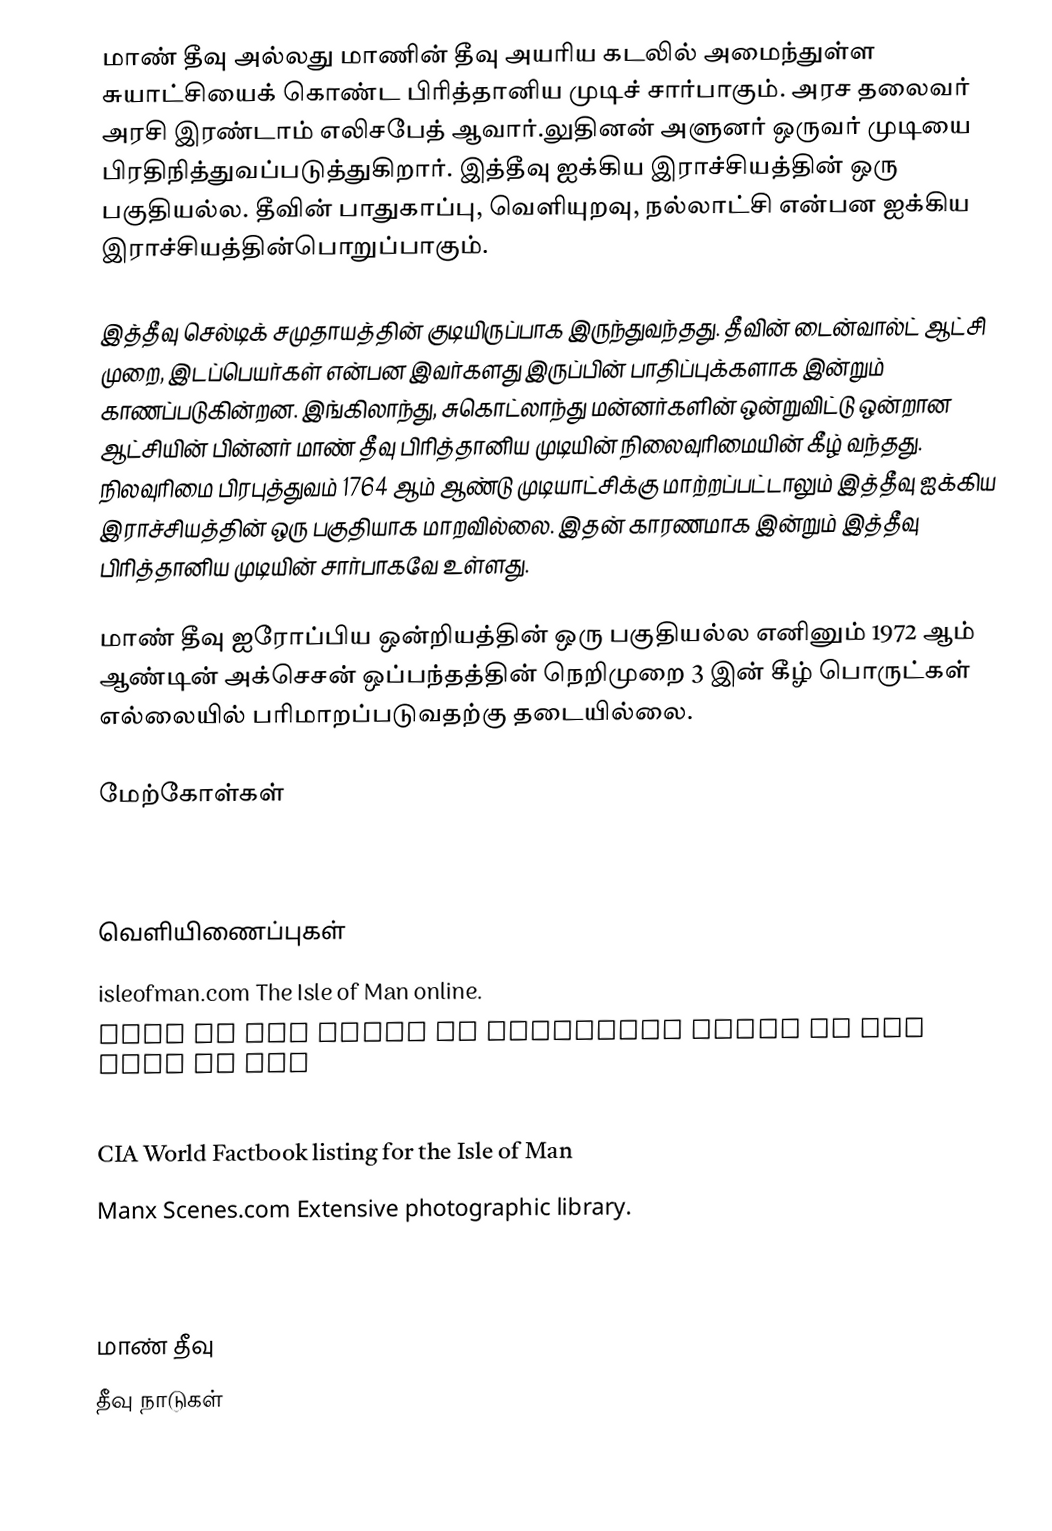
மாண் தீவு அல்லது மாணின் தீவு அயரிய கடலில் அமைந்துள்ள சுயாட்சியைக் கொண்ட  பிரித்தானிய முடிச் சார்பாகும். அரச தலைவர் அரசி இரண்டாம் எலிசபேத் ஆவார்.லுதினன் அளுனர் ஒருவர் முடியை பிரதிநித்துவப்படுத்துகிறார். இத்தீவு ஐக்கிய இராச்சியத்தின் ஒரு பகுதியல்ல. தீவின் பாதுகாப்பு, வெளியுறவு, நல்லாட்சி என்பன ஐக்கிய இராச்சியத்தின்பொறுப்பாகும்.

இத்தீவு செல்டிக் சமுதாயத்தின் குடியிருப்பாக இருந்துவந்தது. தீவின் டைன்வால்ட் ஆட்சி முறை, இடப்பெயர்கள் என்பன இவர்களது இருப்பின் பாதிப்புக்களாக இன்றும் காணப்படுகின்றன. இங்கிலாந்து, சுகொட்லாந்து மன்னர்களின் ஒன்றுவிட்டு ஒன்றான ஆட்சியின் பின்னர் மாண் தீவு பிரித்தானிய முடியின் நிலைவுரிமையின் கீழ் வந்தது. நிலவுரிமை பிரபுத்துவம் 1764 ஆம் ஆண்டு முடியாட்சிக்கு மாற்றப்பட்டாலும் இத்தீவு ஐக்கிய இராச்சியத்தின் ஒரு பகுதியாக மாறவில்லை. இதன் காரணமாக இன்றும் இத்தீவு பிரித்தானிய முடியின் சார்பாகவே உள்ளது.

மாண் தீவு ஐரோப்பிய ஒன்றியத்தின் ஒரு பகுதியல்ல எனினும் 1972 ஆம் ஆண்டின் அக்செசன் ஒப்பந்தத்தின் நெறிமுறை 3 இன் கீழ் பொருட்கள் எல்லையில் பரிமாறப்படுவதற்கு தடையில்லை.

மேற்கோள்கள்

 Russel, G. 1988. Distribution and development of some Manx epiphyte populations. Helgolander Meeresunters. 42: 477 - 492.

வெளியிணைப்புகள்
 isleofman.com The Isle of Man online.
 Isle of Man Guide An extensive guide to the Isle of Man
 Manx Government A comprehensive site covering many aspects of Manx life from fishing to financial regulation
 CIA World Factbook  listing for the Isle of Man
 Manx Scenes.com Extensive photographic library.
 Isle of Man Tour 360 degree pictures of the Isle of Man.
 Manxviews  Over 1300 Manx images.

மாண் தீவு
தீவு நாடுகள்